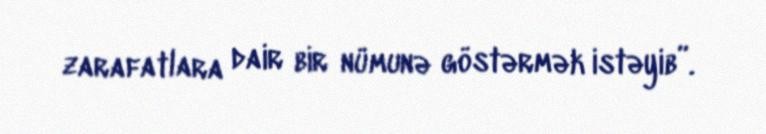
zarafatlara dair bir nümunə göstərmək istəyib”.